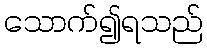
သောက်၍ရသည်